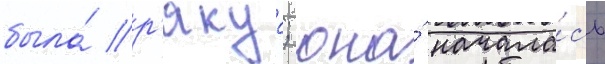
была́ р'якуо; она́ начала́сь